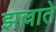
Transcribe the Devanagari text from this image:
झल्लाते